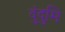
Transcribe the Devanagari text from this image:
दुंदुमि